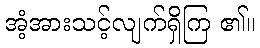
အံ့အားသင့်လျက်ရှိကြ ၏။